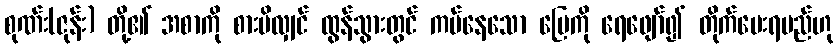
စုဏ်း(ဇုန်း) တို့၏ အစာကို စားမိလျှင် ထွန်သွားတွင် ကပ်နေသော မြေကို ရေဖျော်၍ တိုက်ပေးရမည်ဟု